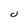
Character: u